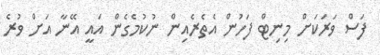
ފަސް ވަރަކަށް މިނިޓް ފަހުން އެތެރެއިން ނުކުމެގެން އައީ އޭނާ އަށް ވުރެ